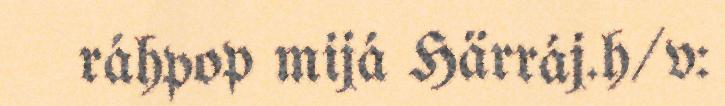
ráhpop mijá Härráj.h/v: